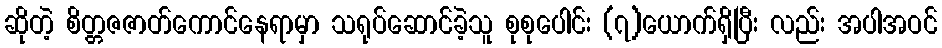
ဆိုတဲ့ စိတ္တဇဇာတ်ကောင်နေရာမှာ သရုပ်ဆောင်ခဲ့သူ စုစုပေါင်း (၇)ယောက်ရှိပြီး လည်း အပါအဝင်